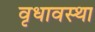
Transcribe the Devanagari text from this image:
वृधावस्था